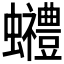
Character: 𧕬